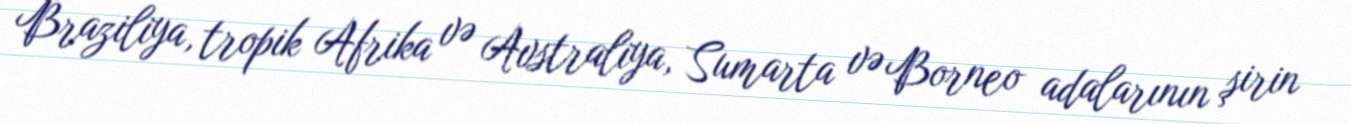
Braziliya, tropik Afrika və Avstraliya, Sumarta və Borneo adalarının şirin